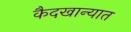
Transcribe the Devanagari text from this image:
कैदखान्यात